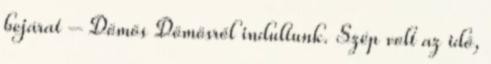
bejárat – Dömös Dömösről indultunk. Szép volt az idő,